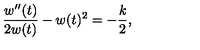
{ \frac { w ^ { \prime \prime } ( t ) } { 2 w ( t ) } } - w ( t ) ^ { 2 } = - { \frac { k } { 2 } } ,